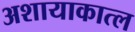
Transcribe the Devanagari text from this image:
अशायाकात्ल